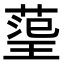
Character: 𭹬